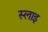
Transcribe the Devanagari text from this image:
स्लाइ